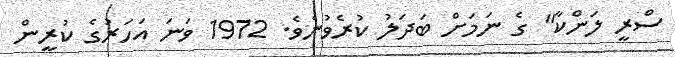
ސްރީ ލަންކާ" ގެ ނަމަށް ބަދަލު ކުރެވުނެވެ. 1972 ވަނަ އަހަރުގެ ކުރީން